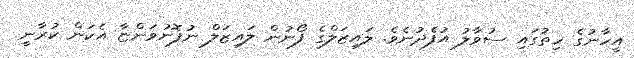
އީހާނުގެ ހިތުގައި ސުވާލު އުފެދުނެވެ. ލައިޒަލްގެ ފޯނުން ލައިޒަލް ނުފޮނުވަންޏާ އެކަން ކުރާނީ